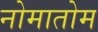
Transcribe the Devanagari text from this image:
नोमातोम